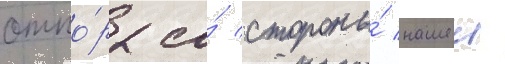
отпо́р со́ стороны́ нашеи